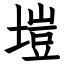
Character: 塏